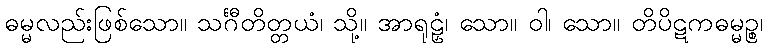
ဓမ္မလည်းဖြစ်သော။ သင်္ဂီတိတ္တယံ၊ သို့။ အာရုဠှံ၊ သော။ ဝါ၊ သော။ တိပိဋကဓမ္မဉ္စ၊